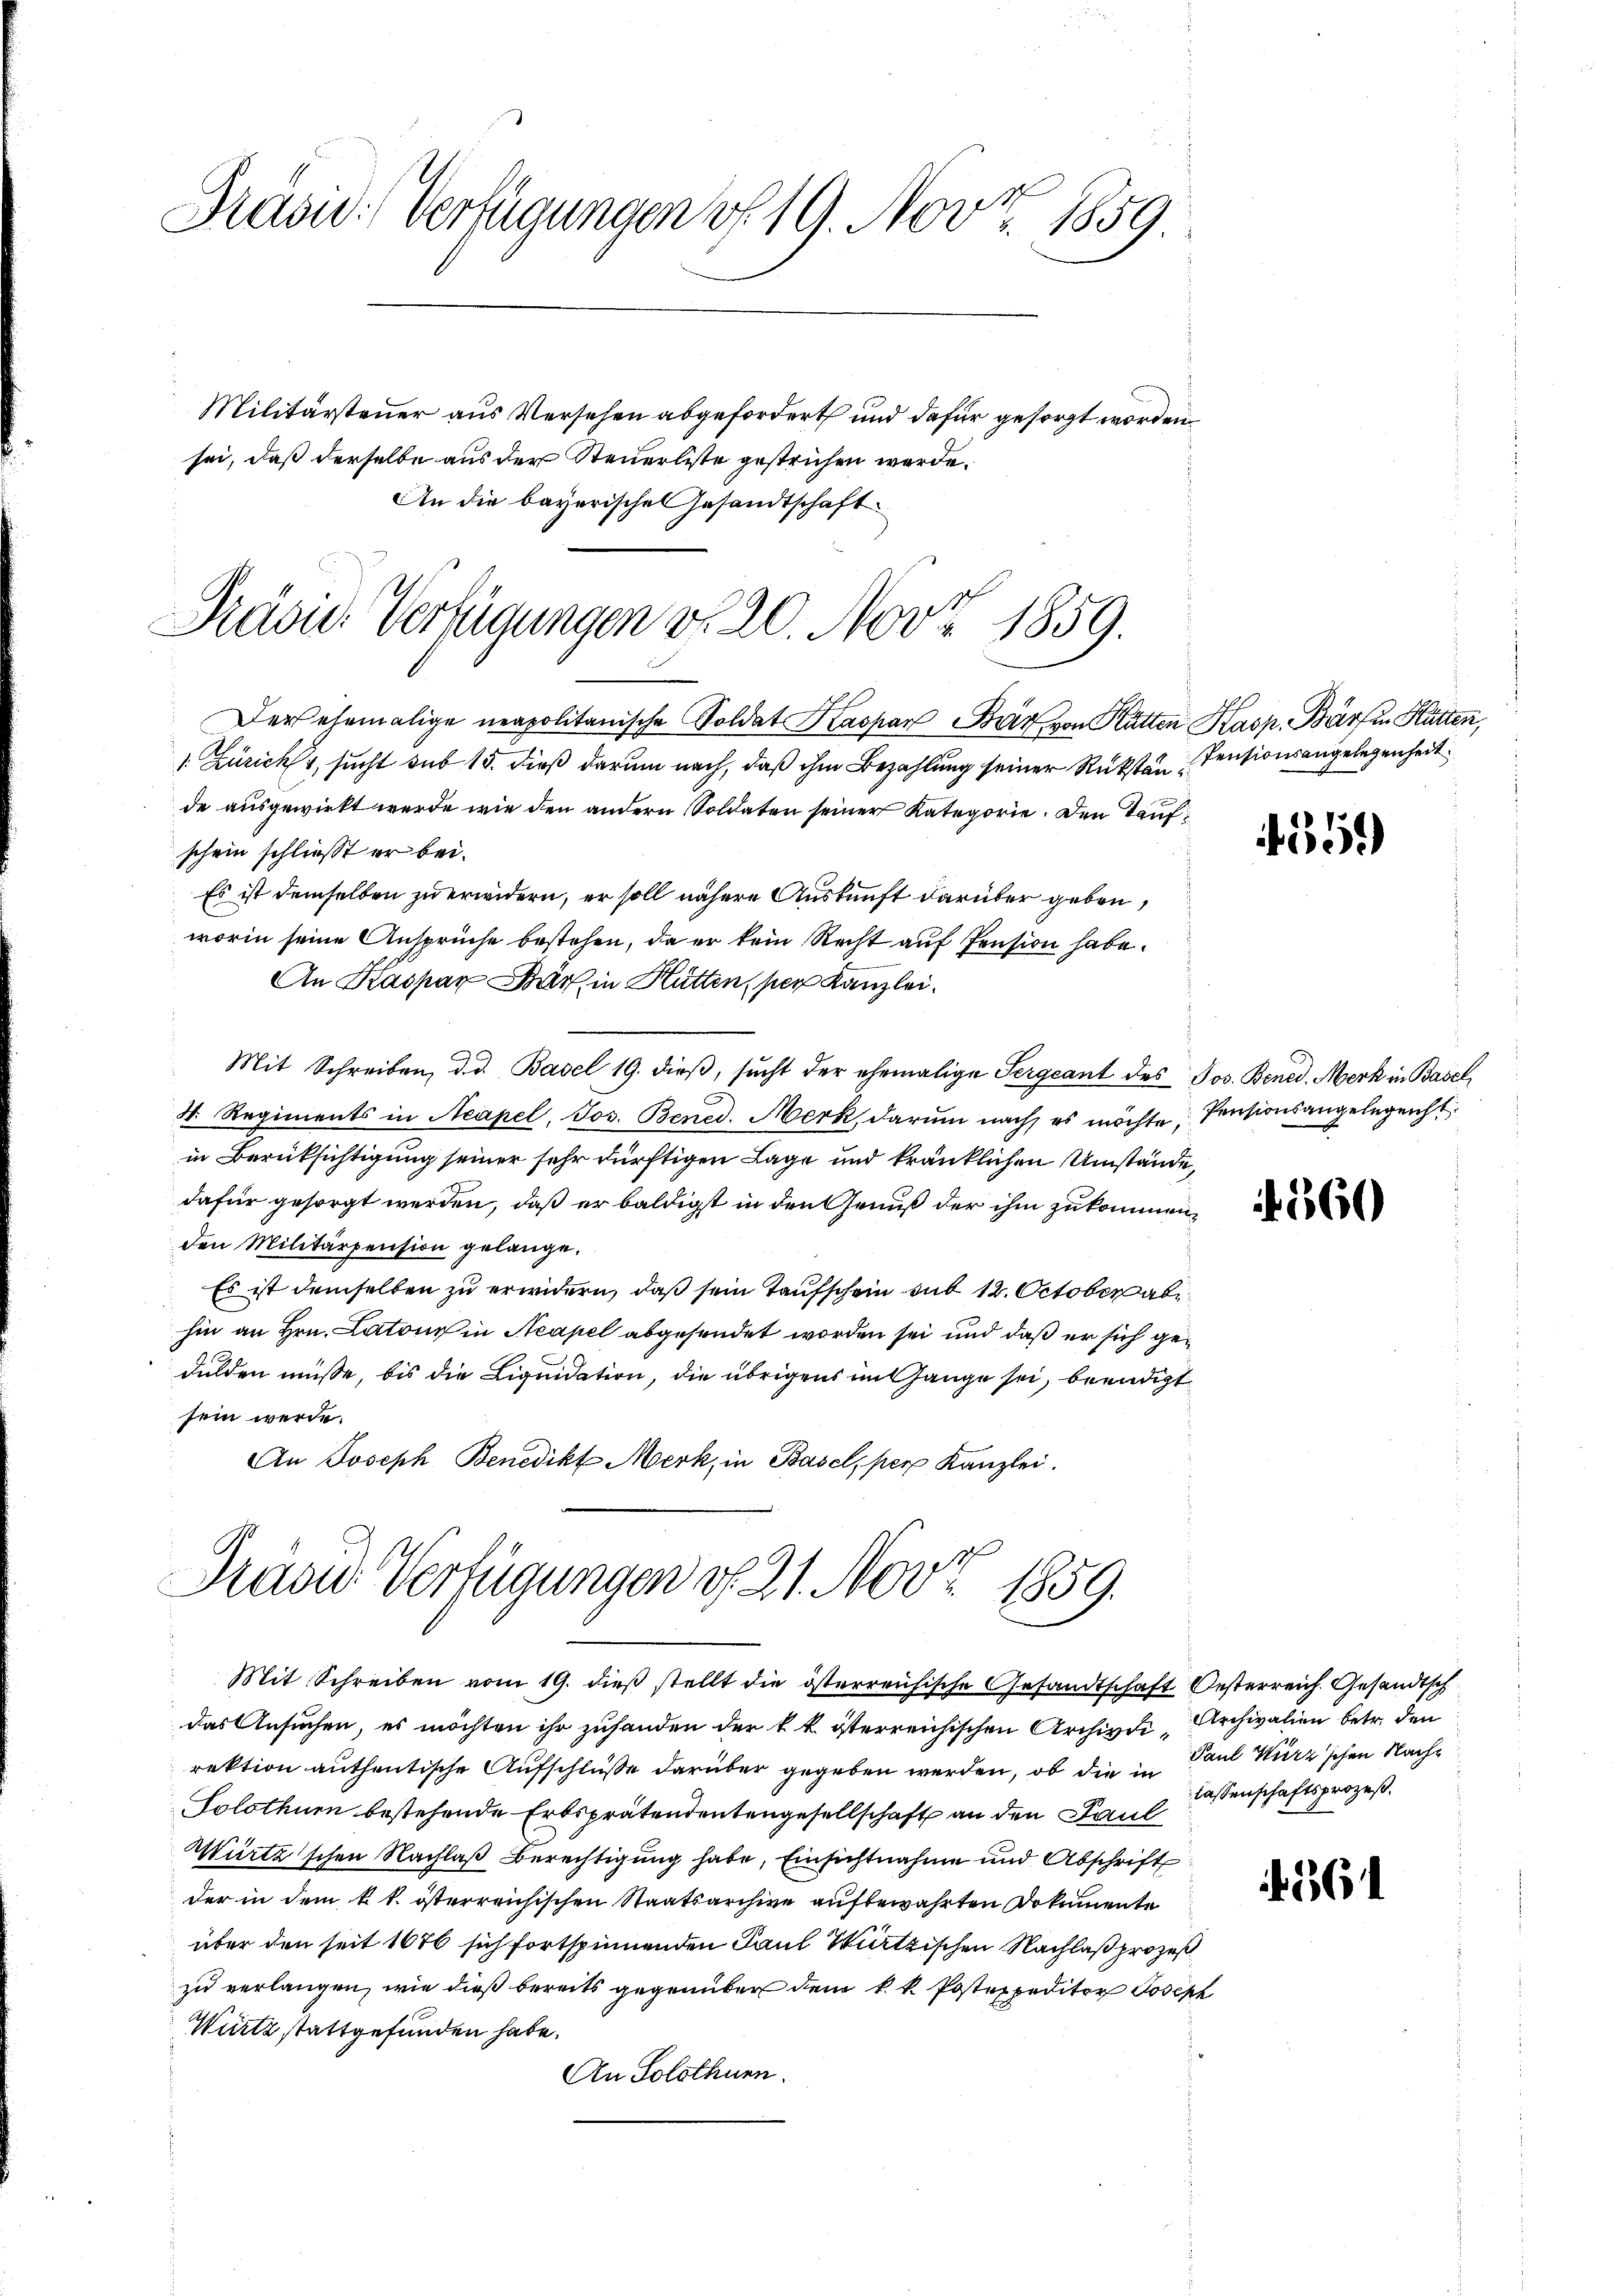
Fraad: Verfügungen v. 19. Nov. 1859.
Militärsteuer aus Versehen abgefordert und dafür gesorgt worden
sei, daß derselbe aus der Steuerliste gestrichen werde.
An die bayerische Gesandtschaft

Präsid. Verfügungen v. 20. Nov. 1859.
Der ehemalige neapolitanische Soldat Kaspar Bär von Katten Kasp. Bär in Hütten,

1. Züricht, sucht sub 15. dieß darum nach, daß ihm Bezahlung seiner Rücksten Pensionsangelegenheit
de ausgewirkt werde wie den andern Soldaten seiner Kategorie. Den Taufschein schließt er bei.
Es ist demselben zu erwidern, er soll nähere Auskunft darüber geben,
worin seine Ansprüche bestehen, da er kein Recht auf Pension habe.
An Kaspar Bar in Hütten, per Kanzlei.
Mit Schreiben, d. d. Basel 19. dieβ, sŭcht der ehemalige Sergeant des Jos. Bened. Merk in Basel
4. Regiments in Acapel, Jos. Bened. Merk darum nach es möchte, Pensionsangelegenst
in Berüksichtigung seiner sehr dürftigen Lage und kränklichen Umstände,
dafür gesorgt werden, daß er baldigst in den Genuß der ihm zukommenden Militärpension gelange.
Es ist demselben zu erwidern, daß sein Taufschein sub 12. October ab
hin an Hrn. Latons in Neapel abgesendet worden sei und daß er sich gedulden müsse, bis die Liquidation, die übrigens im Gange sei, beendigt
sein werde.
An Joseph Benedikt Merk, in Basel, per Kanzlei.

Prase Verfügungen d. 21. Nov. 1859.
Mit Schreiben vom 19. dieß stellt die österreichische Gesandtschaft Oesterreich. Gesandtsch

das Ansuchen, es möchten ihr zuhanden der k. k. österreichischen Archive, Archivalien betr. den
rektion authentische Aufschlüße darüber gegeben werden, ob die in Paul Wurz'schen Nach¬
Solothur bestehende Erbsprätendentengesellschaft an den Paul
Würtz’schen Nachlaß Berechtigung habe, Einsichtnahme und Abschrift
der in dem k. k. österreichischen Staatsarchive aufbewahrten Dokumente
über den seit 1676 sich fortspinnenden Paul Würtzischen Nachlaß prozeß
zu verlangen, wie dieß bereits gegenüber dem k. k. Postexpeditor Joseph
Wurtz stattgefunden habe.
An Solothurn.

439

4360

lassenschaftsprozeß¬

261